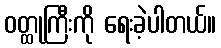
ဝတ္ထုကြီးကို ရေးခဲ့ပါတယ်။